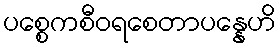
ပစ္စေကစီဝရစေတာပန္နေဟိ